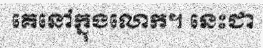
គេនៅក្នុងលោក។ នេះជា